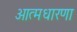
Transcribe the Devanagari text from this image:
आत्मधारणा